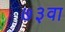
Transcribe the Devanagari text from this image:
७३वा